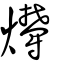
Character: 爩